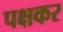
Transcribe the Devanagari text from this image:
पक्षकर